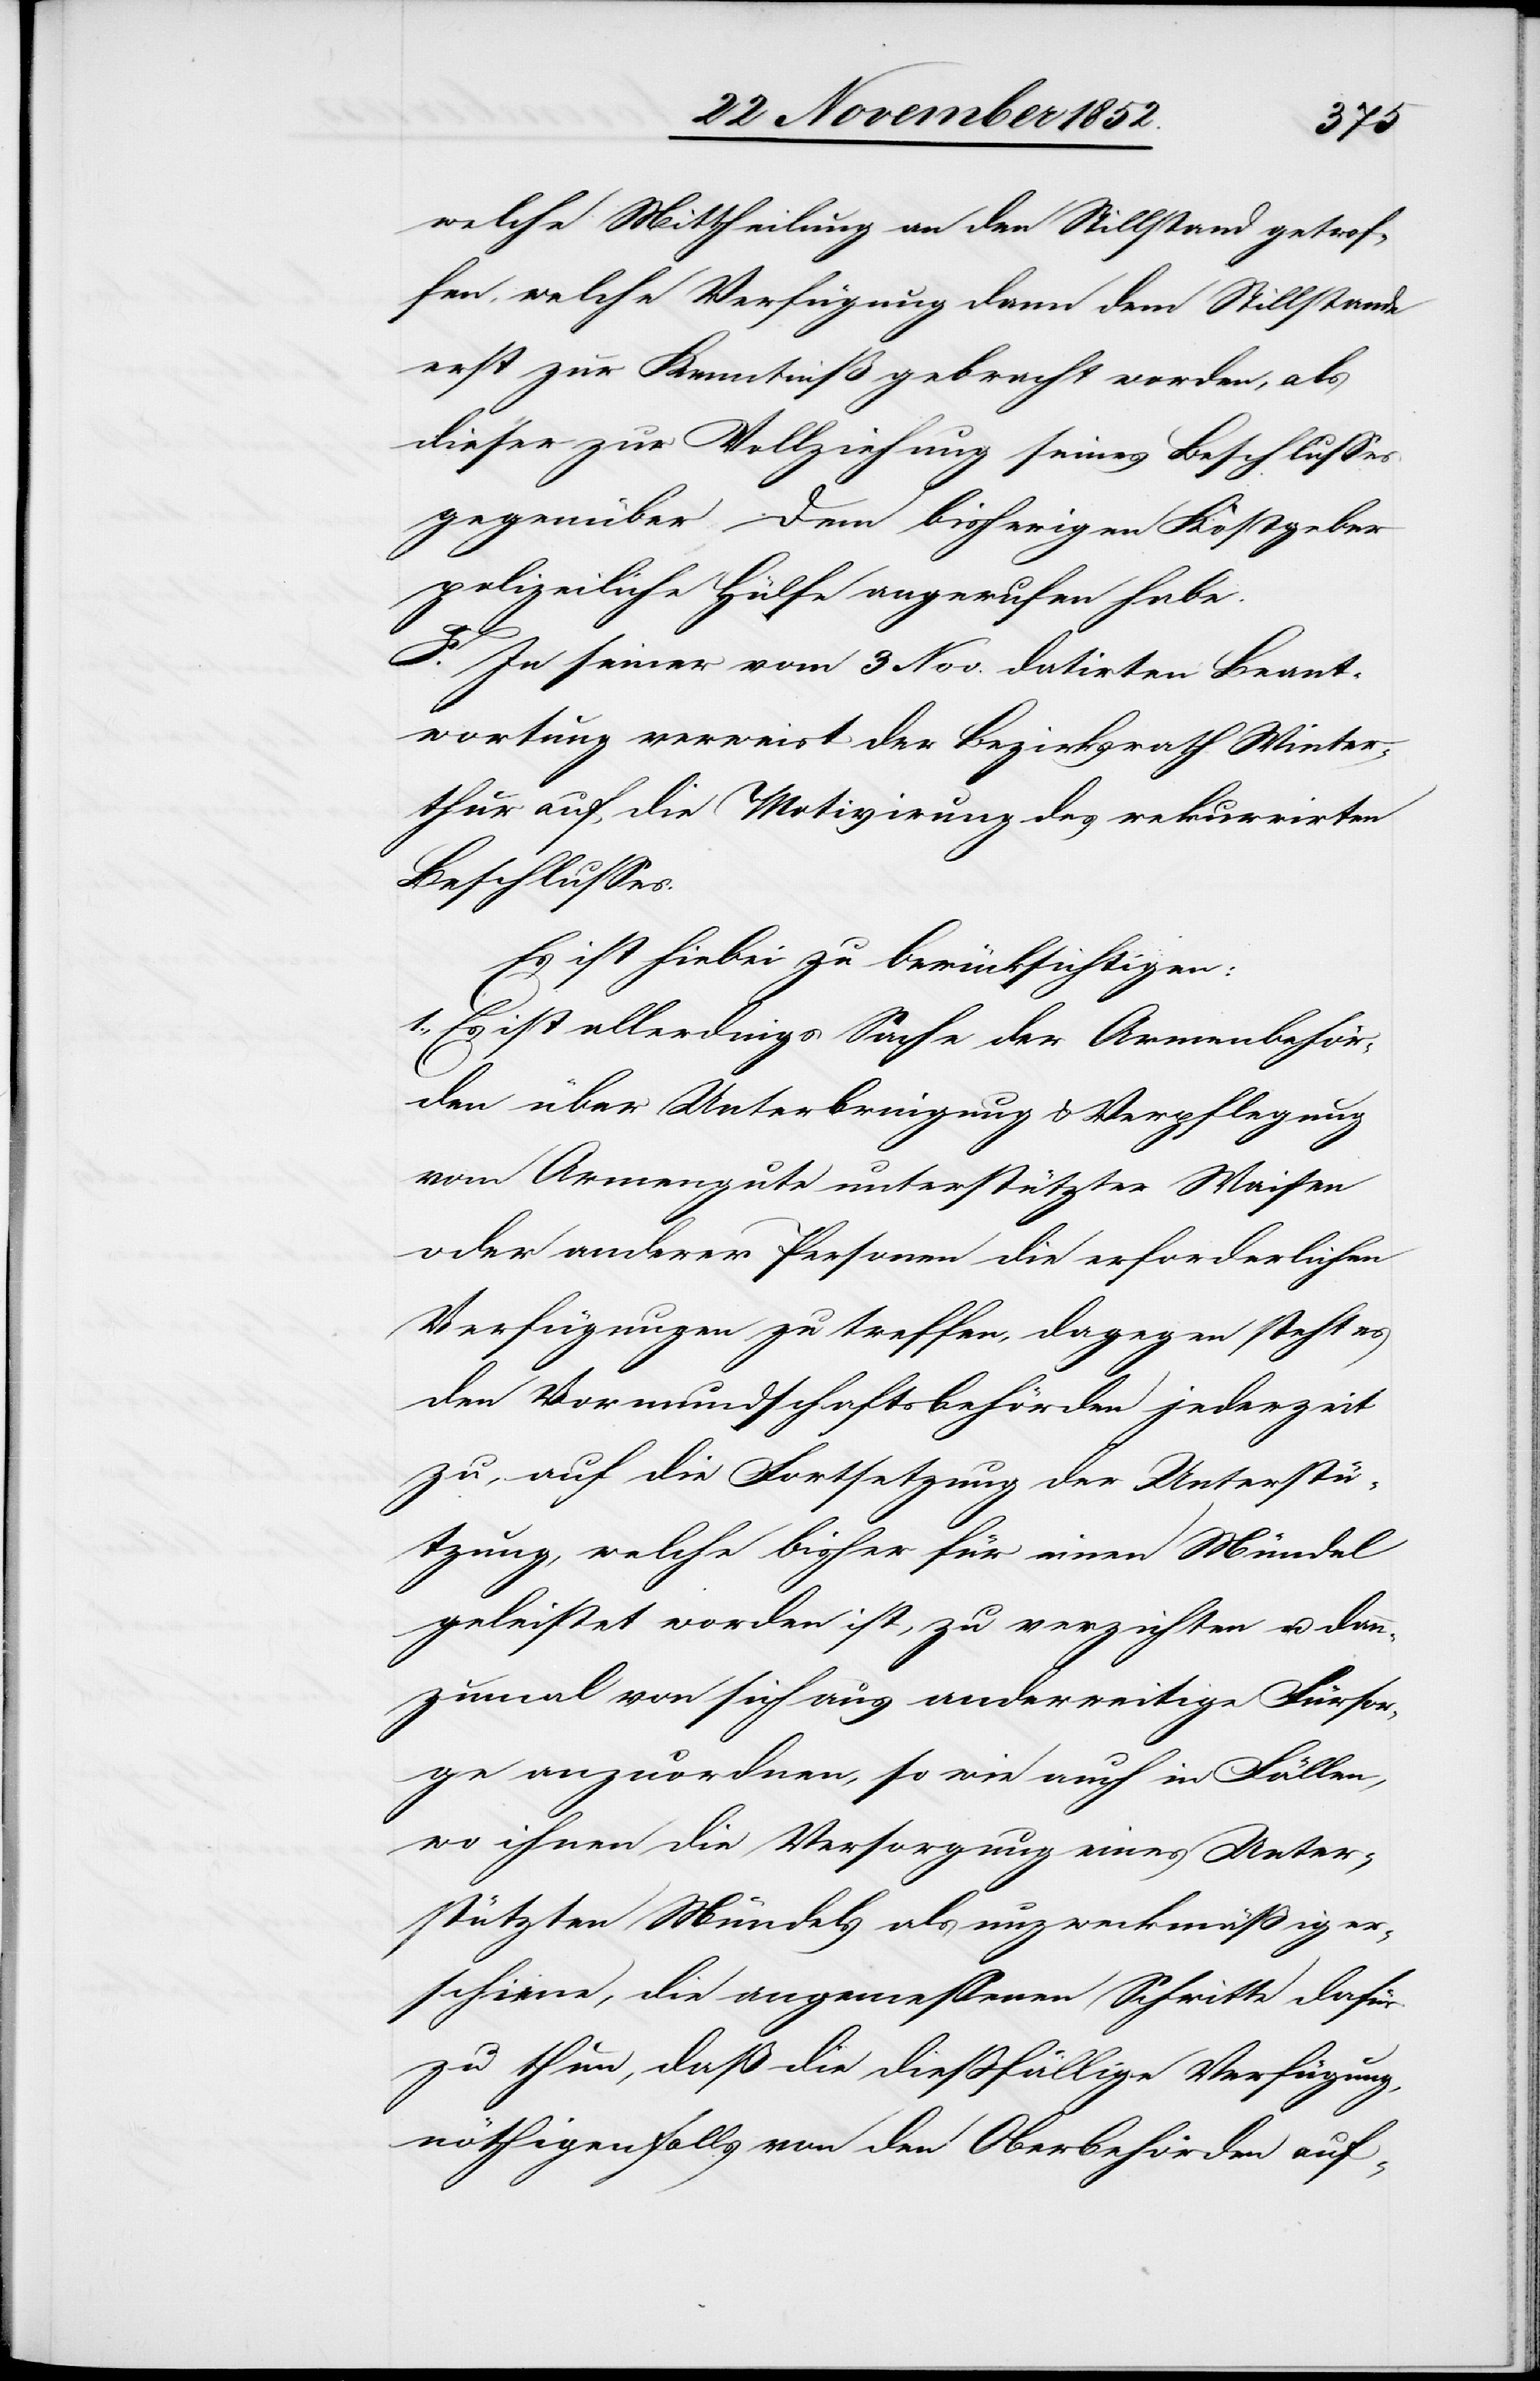
welche Mittheilung an den Stillstand getrof¬
fen, welche Verfügung dann dem Stillstande
erst zur Kenntniß gebracht worden, als
dieser zur Vollziehung seines Beschlusses
gegenüber dem bisherigen Kostgeber
polizeiliche Hülfe angerufen habe.
F. In seiner vom 3 Nov. datirten Beant¬
wortung verweist der Bezirksrath Winter¬
thur auf die Motivirung des rekurrirten
Beschlusses.
Es ist hiebei zu berücksichtigen:
1., Es ist allerdings Sache der Armenbehör¬
den über Unterbringung & Verpflegung
vom Armengute unterstützter Waisen
oder anderer Personen die erforderlichen
Verfügungen zu treffen, dagegen steht es
den Vormundschaftsbehörden jederzeit
zu, auf die Fortsetzung der Unterstü¬
tzung, welche bisher für einen Mündel
geleistet worden ist, zu verzichten u. dan¬
nzumal von sich aus anderweitige Fürsor¬
ge anzuordnen, so wie auch in Fällen,
wo ihnen die Versorgung eines Unter¬
stützten Mündels als unzweckmäßig er¬
schiene, die angemessenen Schritte dafür
zu thun, daß die dießfällige Verfügung,
nöthigenfalls von den Oberbehörden auf-